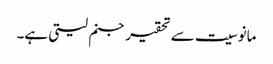
مانوسیت سے تحقیر جنم لیتی ہے۔